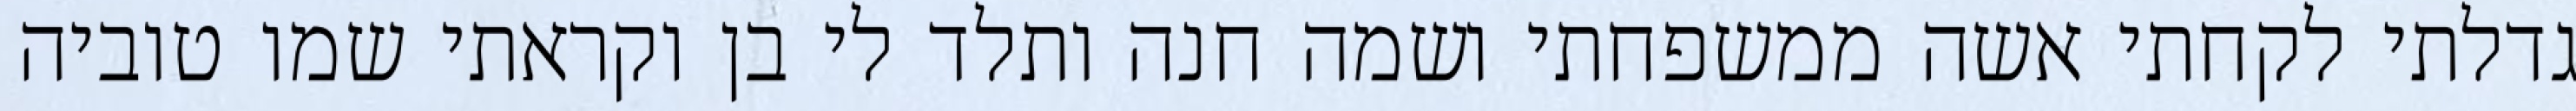
גדלתי לקחתי אשה ממשפחתי ושמה חנה ותלד לי בן וקראתי שמו טוביה